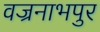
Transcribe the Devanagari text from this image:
वज्रनाभपुर